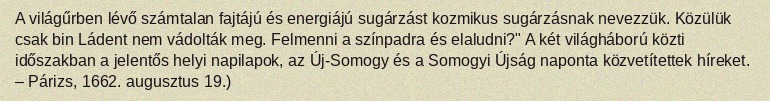
A világűrben lévő számtalan fajtájú és energiájú sugárzást kozmikus sugárzásnak nevezzük. Közülük csak bin Ládent nem vádolták meg. Felmenni a színpadra és elaludni?" A két világháború közti időszakban a jelentős helyi napilapok, az Új-Somogy és a Somogyi Újság naponta közvetítettek híreket. – Párizs, 1662. augusztus 19.)